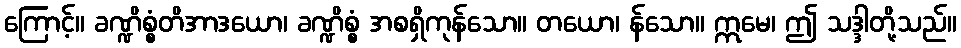
ကြောင့်။ ခဏ္ဍိစ္စံတိအာဒယော၊ ခဏ္ဍိစ္စံ အစရှိကုန်သော။ တယော၊ န်သော။ ဣမေ၊ ဤ သဒ္ဒါတို့သည်။